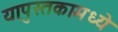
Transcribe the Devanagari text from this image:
यापुस्तकामध्ये